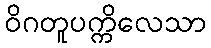
ဝိဂတူပက္ကိလေသာ